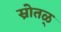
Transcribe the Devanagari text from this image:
स्रोतळ्